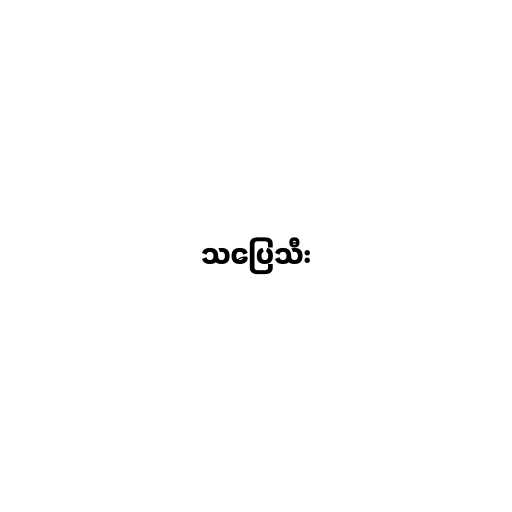
သပြေသီး